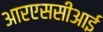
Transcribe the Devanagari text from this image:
आरएससीआई